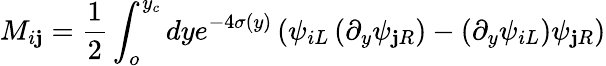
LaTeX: M_{i\mathbf{j}}=\frac{{1}}{{2}}\int_{o}^{y_{c}}dye^{-4\sigma(y)}\left(\psi_{iL}\left(\partial_{y}\psi_{\mathbf{j}R}\right)-\left(\partial_{y}\psi_{iL}\right)\psi_{\mathbf{j}R}\right)